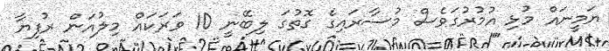
ޔަމީނައް މުޅި އުމުރުގަވެސް މުސާރައިގެ ގޮތުގަ ލިބޭނީ 10 ވަރަކައް މިލުއަން ރުފިޔާ